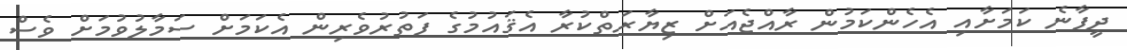
ދީފާނެ ކަމަށާއި އެހެންކަމުން ރާއްޖެއަށް ޒިޔާރަތްކުރާ އެޤައުމުގެ ފަތުރުވެރިން އެކަމަށް ސަމާލުވުމަށް ވެސް